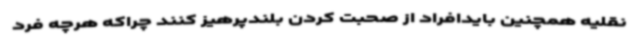
نقلیه همچنین بایدافراد از صحبت کردن بلندپرهیز کنند چراکه هرچه فرد